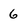
Character: 6